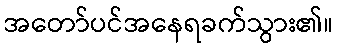
အတော်ပင်အနေရခက်သွား၏။